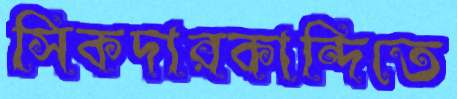
সিকদারকান্দিতে